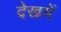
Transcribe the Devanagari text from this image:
देखगें